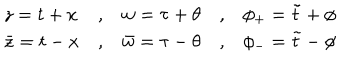
LaTeX: \begin{array} { l c l c l } { { z = t + x } } & { { , } } & { { w = \tau + \theta } } & { { , } } & { { \phi _ { + } = \tilde { t } + \phi } } \\ { { \bar { z } = t - x } } & { { , } } & { { \bar { w } = \tau - \theta } } & { { , } } & { { \phi _ { - } = \tilde { t } - \phi } } \\ \end{array}